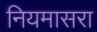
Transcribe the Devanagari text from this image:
नियमासरा